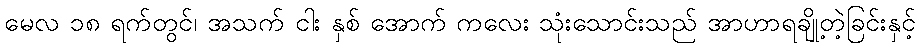
မေလ ၁၈ ရက်တွင်၊ အသက် ငါး နှစ် အောက် ကလေး သုံးသောင်းသည် အာဟာရချို့တဲ့ခြင်းနှင့်